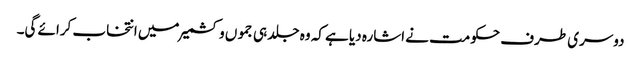
دوسری طرف حکومت نے اشارہ دیا ہے کہ وہ جلد ہی جمو ں وکشمیر میں انتخاب کرائے گی۔